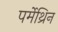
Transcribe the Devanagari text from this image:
पर्मेथ्रिन